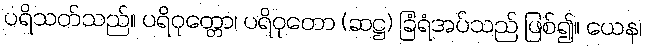
ပရိသတ်သည်။ ပရိဝုတ္တော၊ ပရိဝုတော (ဆဋ္ဌ) ခြံရံအပ်သည် ဖြစ်၍။ ယေန၊